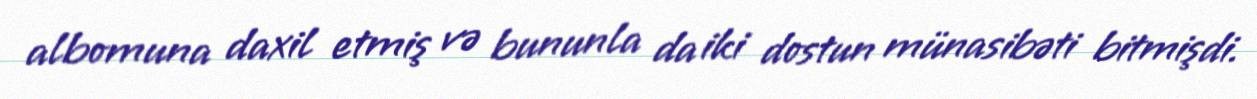
albomuna daxil etmiş və bununla da iki dostun münasibəti bitmişdi.